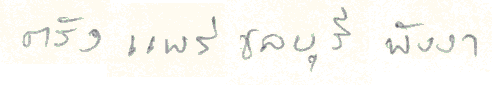
ตรังแพร่ชลบุรีพังงา